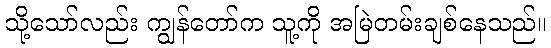
သို့သော်လည်း ကျွန်တော်က သူ့ကို အမြဲတမ်းချစ်နေသည်။